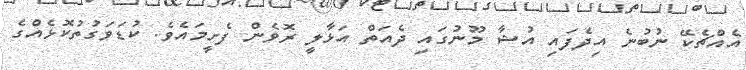
އެއްޗެކޭ ނުބުނެ އިދެފައި އުޝާ މޫނުގައި ދެއަތް އަޅާލީ ރޮވެން ފެށީމައެވެ. ކުޑަވަގުތުކޮޅެއްގެ